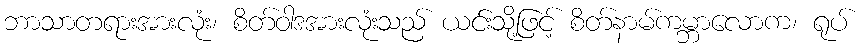
ဘာသာတရားအားလုံး၊ စိတ်ဝါဒအားလုံးသည် ယင်းသို့ဖြင့် စိတ်နာမ်ကမ္ဘာလောက၊ ရုပ်